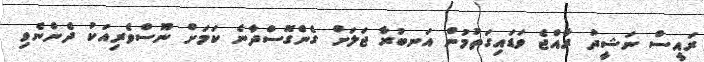
ރައީސް ނަޝީދު ރާއްޖެ ވަޑައިގަތުމުން އަނބުރާ ޖަލަށް ގެންގޮސްދާނެ ކަމަށް ނޫސްވެރިއަކު ދެންނެވި